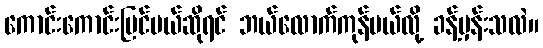
ကောင်းကောင်းပြင်မယ်ဆိုရင် ဘယ်လောက်ကုန်မယ်လို့ ခန့်မှန်းသလဲ။